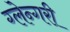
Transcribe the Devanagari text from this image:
ग्लेन्गरी